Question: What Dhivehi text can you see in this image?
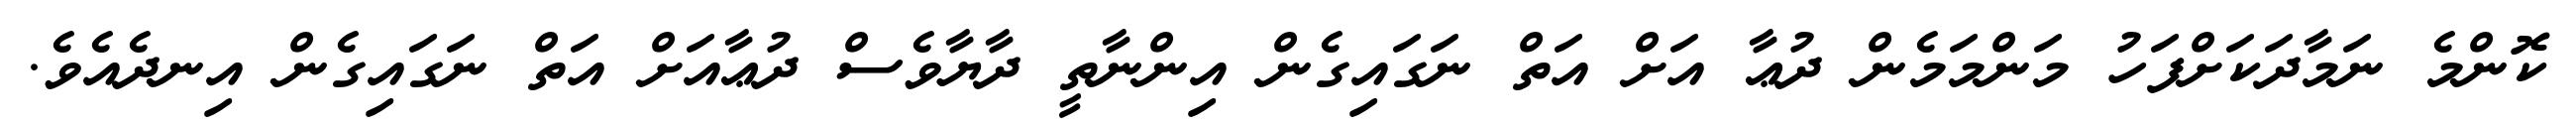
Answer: ކޮންމެ ނަމާދަކަށްފަހު މަންމަމެން ދުޢާ އަށް އަތް ނަގައިގެން އިންނާތީ ދާޔާވެސް ދުޢާއަށް އަތް ނަގައިގެން އިނދެއެވެ.